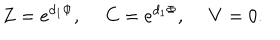
LaTeX: Z = e ^ { d _ { 1 } \Phi } , \ C = e ^ { d _ { 1 } \Phi } , \ V = 0 .